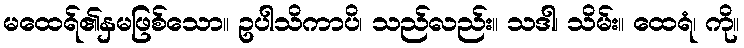
မထေရ်၏နှမဖြစ်သော။ ဥပါသိကာပိ၊ သည်လည်း။ သဒါ၊ သိမ်း။ ထေရံ၊ ကို။